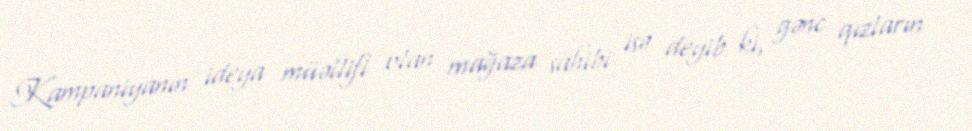
Kampaniyanın ideya müəllifi olan mağaza sahibi isə deyib ki, gənc qızların